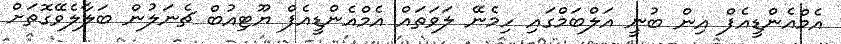
އެމްއެންޑީއެފް އިން ބުނީ އަލްބަމްގައި ހިމެނޭ ލަވަތައް އެމްއެންޑީއެފް ޔޫޓިއުބް ޗެނަލުން ބަލާލެވޭގޮތަށް